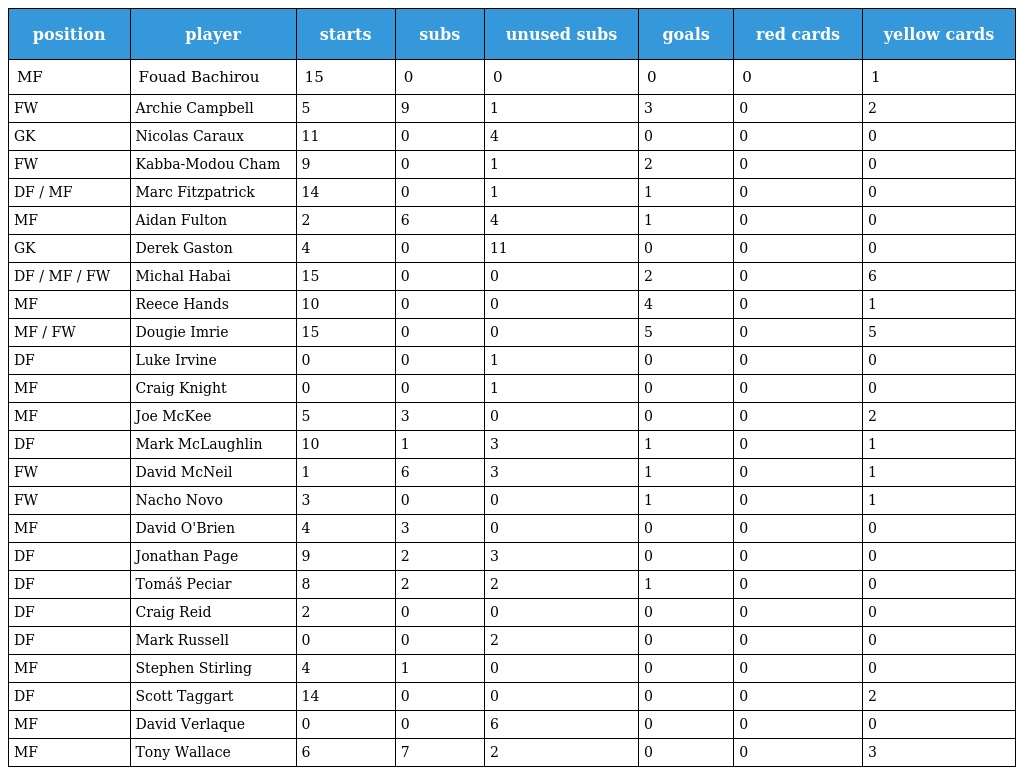
| position | player | starts | subs | unused subs | goals | red cards | yellow cards |
 | --- | --- | --- | --- | --- | --- | --- | --- |
 | MF | Fouad Bachirou | 15 | 0 | 0 | 0 | 0 | 1 |
 | FW | Archie Campbell | 5 | 9 | 1 | 3 | 0 | 2 |
 | GK | Nicolas Caraux | 11 | 0 | 4 | 0 | 0 | 0 |
 | FW | Kabba-Modou Cham | 9 | 0 | 1 | 2 | 0 | 0 |
 | DF / MF | Marc Fitzpatrick | 14 | 0 | 1 | 1 | 0 | 0 |
 | MF | Aidan Fulton | 2 | 6 | 4 | 1 | 0 | 0 |
 | GK | Derek Gaston | 4 | 0 | 11 | 0 | 0 | 0 |
 | DF / MF / FW | Michal Habai | 15 | 0 | 0 | 2 | 0 | 6 |
 | MF | Reece Hands | 10 | 0 | 0 | 4 | 0 | 1 |
 | MF / FW | Dougie Imrie | 15 | 0 | 0 | 5 | 0 | 5 |
 | DF | Luke Irvine | 0 | 0 | 1 | 0 | 0 | 0 |
 | MF | Craig Knight | 0 | 0 | 1 | 0 | 0 | 0 |
 | MF | Joe McKee | 5 | 3 | 0 | 0 | 0 | 2 |
 | DF | Mark McLaughlin | 10 | 1 | 3 | 1 | 0 | 1 |
 | FW | David McNeil | 1 | 6 | 3 | 1 | 0 | 1 |
 | FW | Nacho Novo | 3 | 0 | 0 | 1 | 0 | 1 |
 | MF | David O'Brien | 4 | 3 | 0 | 0 | 0 | 0 |
 | DF | Jonathan Page | 9 | 2 | 3 | 0 | 0 | 0 |
 | DF | Tomáš Peciar | 8 | 2 | 2 | 1 | 0 | 0 |
 | DF | Craig Reid | 2 | 0 | 0 | 0 | 0 | 0 |
 | DF | Mark Russell | 0 | 0 | 2 | 0 | 0 | 0 |
 | MF | Stephen Stirling | 4 | 1 | 0 | 0 | 0 | 0 |
 | DF | Scott Taggart | 14 | 0 | 0 | 0 | 0 | 2 |
 | MF | David Verlaque | 0 | 0 | 6 | 0 | 0 | 0 |
 | MF | Tony Wallace | 6 | 7 | 2 | 0 | 0 | 3 |